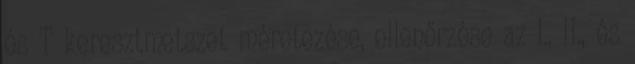
és T keresztmetszet méretezése, ellenőrzése az I., II., és